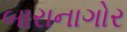
બારાનાગોર